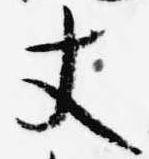
丈